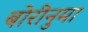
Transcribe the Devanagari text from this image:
बोरीनुमा